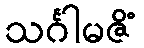
သင်္ဂါမဇိံ